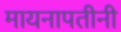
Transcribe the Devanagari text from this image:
मायनापतीनी